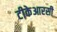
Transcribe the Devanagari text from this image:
टीकेआरसी